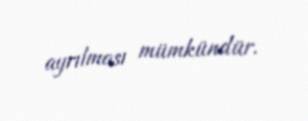
ayrılması mümkündür.